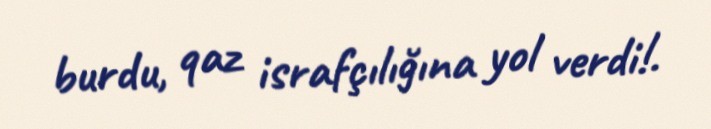
burdu, qaz israfçılığına yol verdi!.